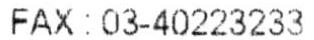
FAX: 03-40223233